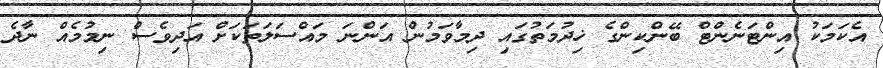
އެކަމަކު އިންޓަނެންޓް ބޭންކިންގެ ޚިދުމަތުގައި ދިމާވަމުން އަންނަ މައްސަލަތަކަށް އަދިވެސް ނިމުމެއް ނާދެ